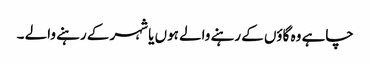
چاہے وہ گاؤں کے رہنے والے ہوں یا شہر کے رہنے والے ۔